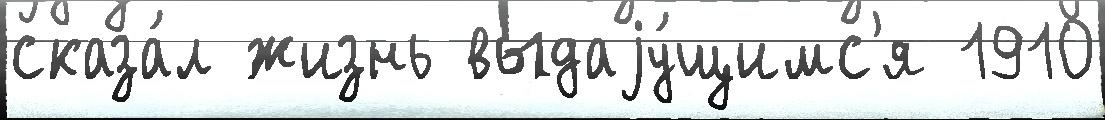
сказа́л жизнь выдаjу́щимс'я 1910